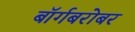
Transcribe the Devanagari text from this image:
बॉर्गबरोबर